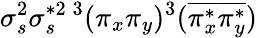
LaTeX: \sigma_{s}^{2}\sigma_{s}^{*2}{}\, ^{3}(\pi_{x}\pi_{y})^{3}(\overline{{\pi_{x}^{*}}}\overline{{\pi_{y}^{*}}})